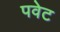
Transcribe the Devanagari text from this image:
पवेट